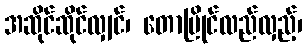
အဆိုင်ဆိုင်လျှင်၊ တောမြိုင်လည်လှည့်၊